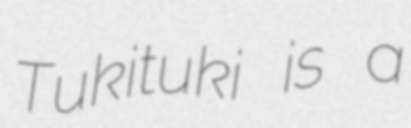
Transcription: Tukituki is a